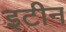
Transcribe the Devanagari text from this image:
इटीन